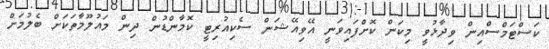
ކަސްޓަމްސްއިން ވިދާޅުވީ މިކަން ކޮށްފައިވަނީ އޭވިއޭޝަން ސެކިއުރިޓީ ކޮމާންޑުން ދިން މައުލޫމާތަކަށް ބެލުމަށް